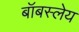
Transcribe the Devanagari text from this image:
बॉबस्लेय